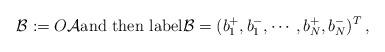
LaTeX: \begin{align*} \mathcal{B} := O \mathcal{A} \mbox{and then label} \mathcal{B} = (b_1^+, b_1^- , \cdots, b_{N}^+, b_N^-)^T \, ,\end{align*}